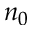
n _ { 0 }